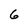
Character: 6